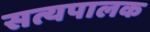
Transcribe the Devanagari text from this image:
सत्यपालक